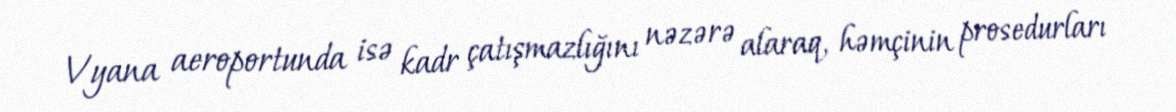
Vyana aeroportunda isə kadr çatışmazlığını nəzərə alaraq, həmçinin prosedurları